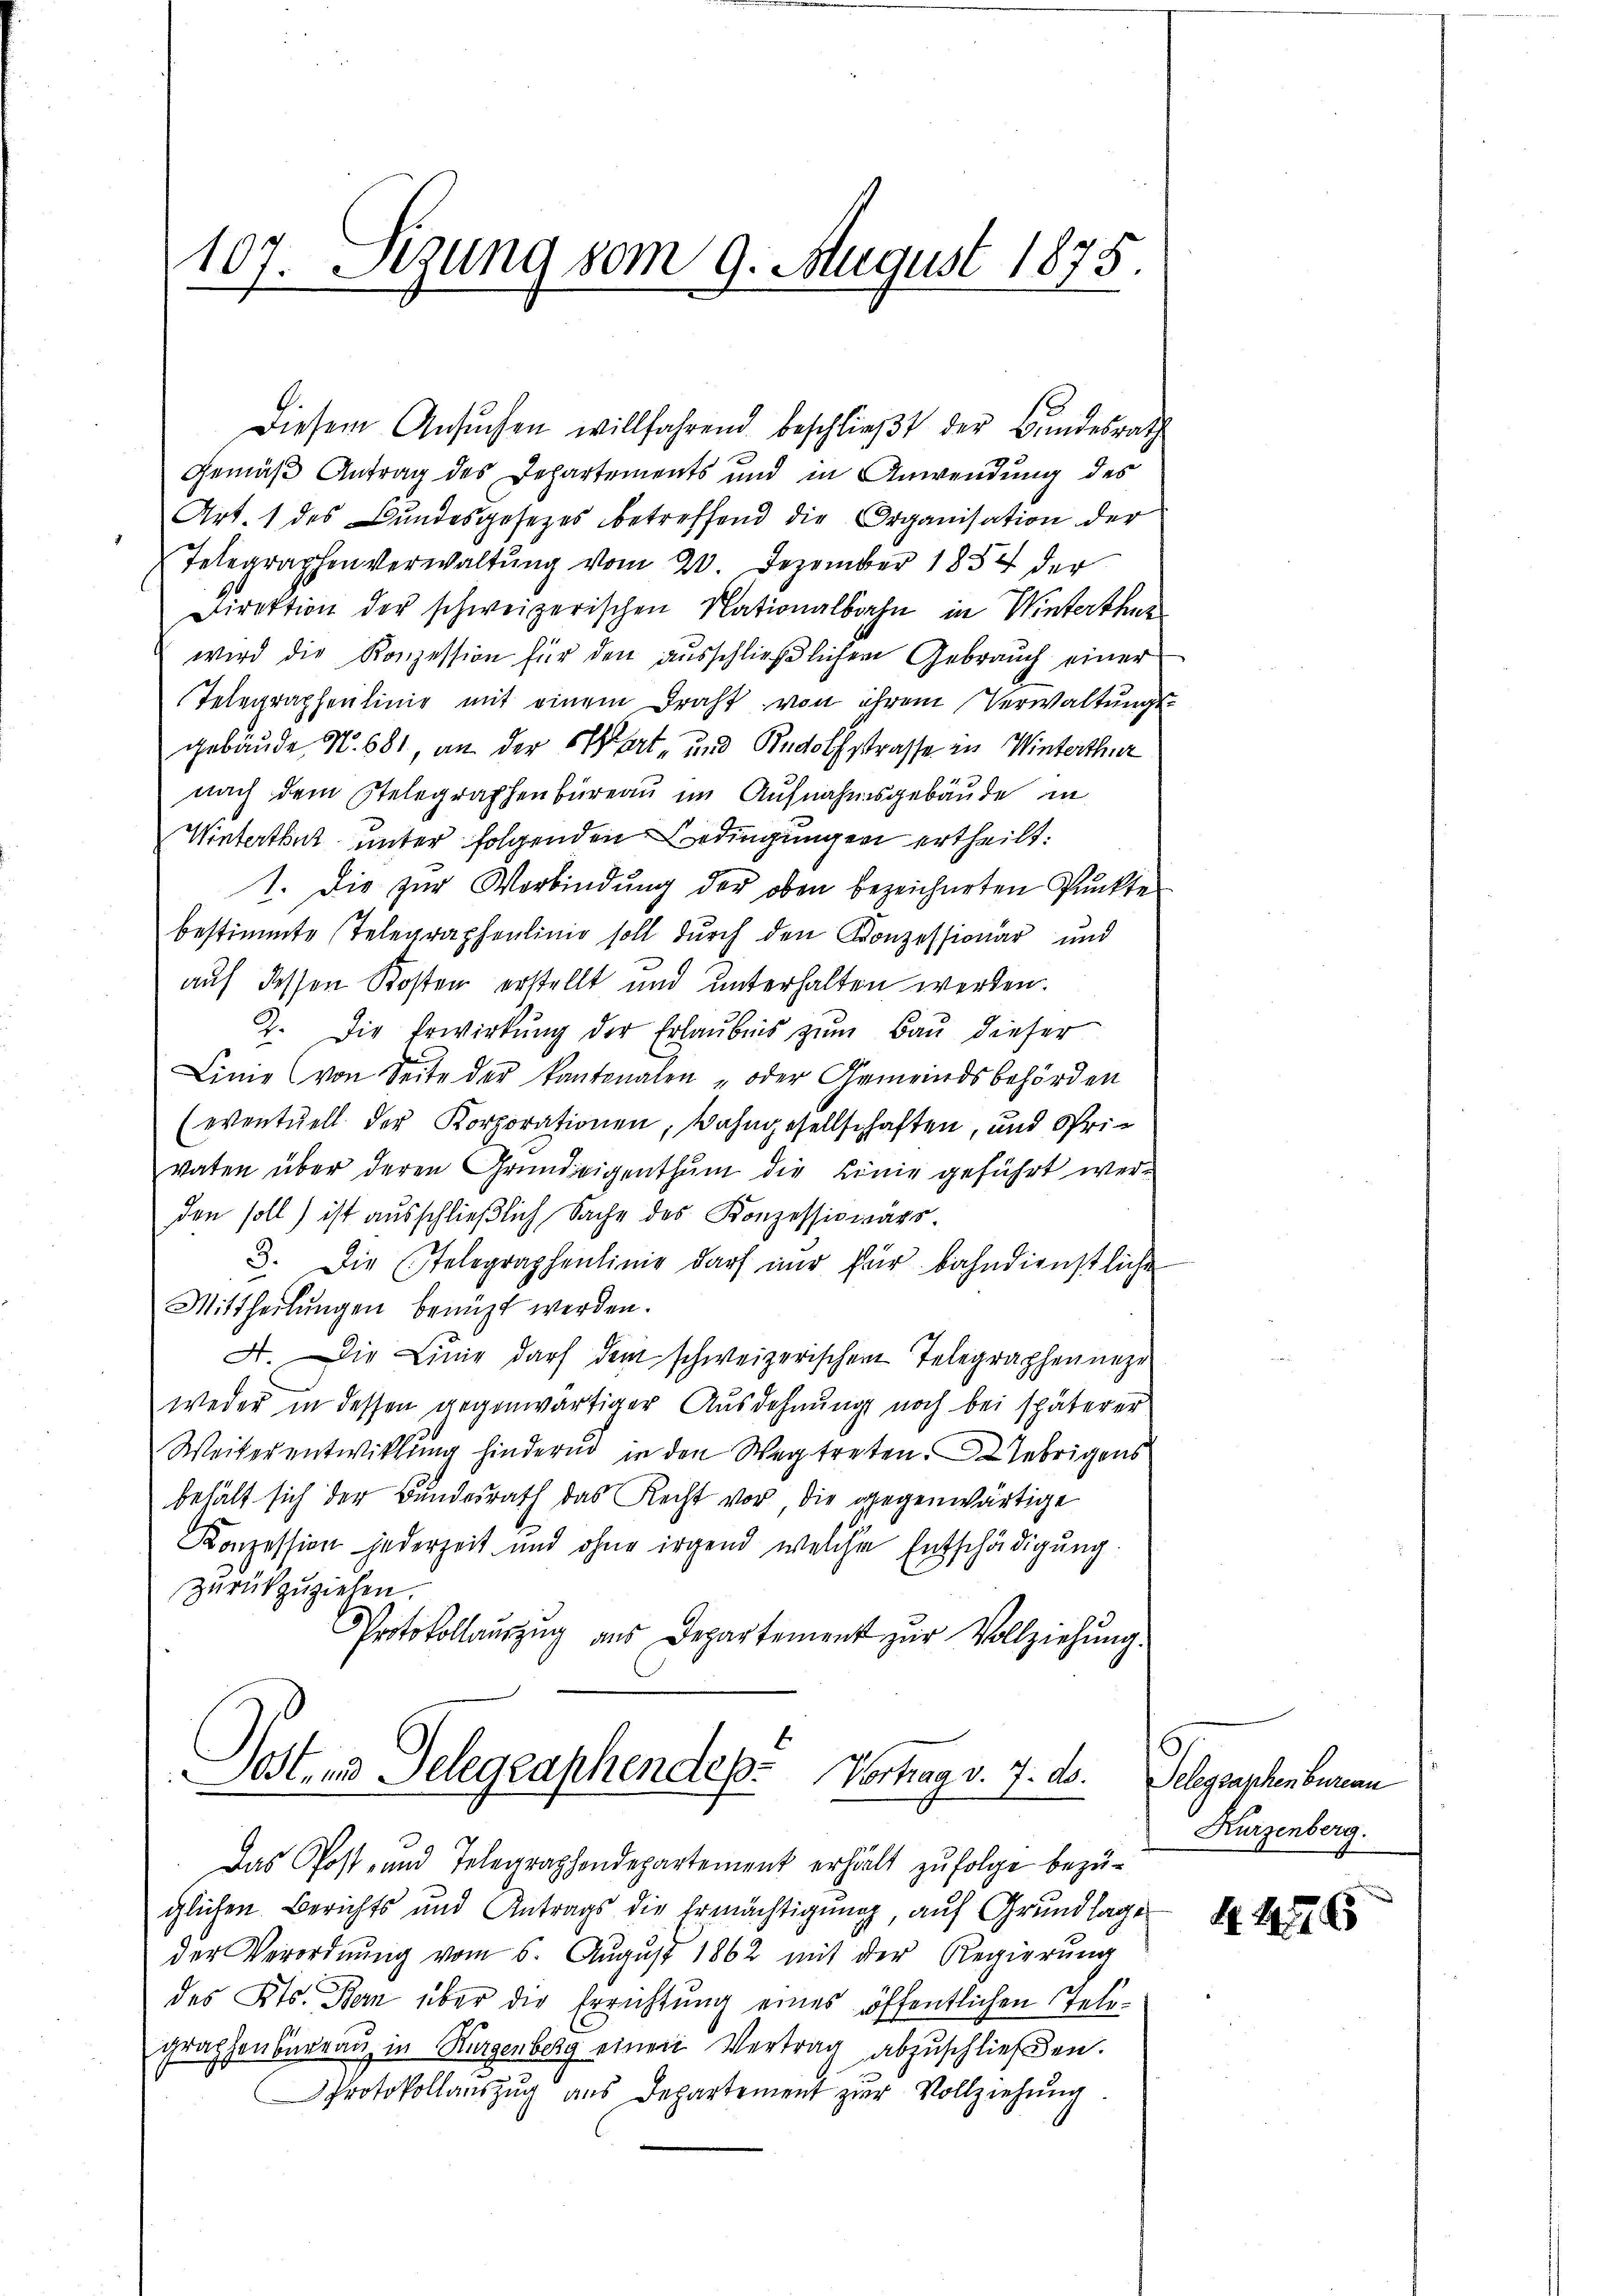
107. Sizung vom 9. August 1875.
.

Diesem Ansŭchen willfahrend beschlieβt der Bundesrath
Gemäß Antrag des Departements und in Anwendung des
Art. 1 des Bŭndesgesetzes betreffend die Organisation der
Telegraphenverwaltŭng vom 20 Dezember 1854 der
Direktion der schweizerischen Nationalbahn in Winterthur
wird die Konzession für den ausschließlichen Gebrauch einer
Telegraphenlinie mit einem Draht von ihrem Verwaltungsgebäude No. 681, an der Stat- und Rudolfstrasse in Winterthur
nach dem Stelegraphenbüreau im Aufnahmsgebäude in
Winterthut unter folgenden Bedingungen ertheilt:
1. Die zur Verbindung der oben bezeichneten Punkte
bestimmte Telegraphenlinie soll durch den Konzessionär und
auf dessen Kosten erstellt und unterhalten werden.
2. Die Erwirkŭng der Erlaubnis zŭm Bau dieser
Linie (von Seite der kantonalen oder Gemeindsbehörden
(eventuell der Korporationen, Wahngesellschaften, und Sprivaten über deren Grundeigenthum die Linie geführt werden soll) ist ausschließlich Sache des Konzessionärs.
3. Die Telegraphenlinie darf nur für bahndienstliche
Mittheilŭngen benüzt werden.
A. Die Linie darf dem schweizerischen Telegraphenneze
weder in dessen gegenwärtiger Ausdehnung noch bei späterer
Weiterentwicklung hindernd in den Weg treten. Uebrigens
behält sich der Bundesrath das Recht vor die gegenwärtige
Konzession jederzeit und ohne irgend welche Entschädigung
zurückzuziehen.
Protokollauszug aus Departement zur Vollziehung.
Post, und Gelegraphendes-Vortrag v. 7. ds.
e

Das Post- und Telegraphendepartement erhält zufolge bezüglichen Berichts und Antrags die Ermächtigung, auf Grundlage
der Verordnung vom 6. August 1862 mit der Regierung
des Kts. Bern über die Errichtung eines öffentlichen Telegraphenbureau in Hugenberg einen Vertrag abzuschließen.
Protokollaŭszŭg aŭs Departement zŭr Vollziehŭng

Gelegraphenbureau
Kurzenberg.

4. 21576